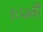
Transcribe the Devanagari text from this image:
१८५७की